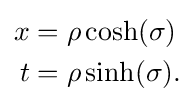
{\begin{aligned}x&=\rho \cosh(\sigma )\\t&=\rho \sinh(\sigma ).\end{aligned}}